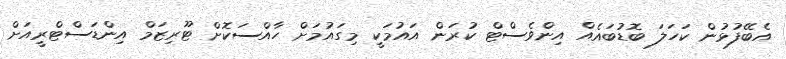
އެބޭފުޅުން ކަހަލަ ބޮޑުބައެއް އިންވެސްޓް ކުރަން އައުމަކީ މިގައުމަށް ހާއްސަކޮށް ޓޫރިޒަމް އިންޑަސްޓްރީއަށް